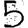
Digit: 5